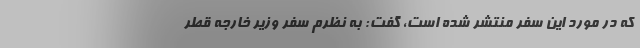
که در مورد این سفر منتشر شده است، گفت: به نظرم سفر وزیر خارجه قطر